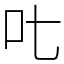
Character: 𠮟